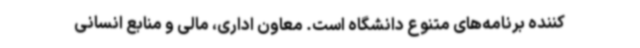
کننده برنامه‌های متنوع دانشگاه است. معاون اداری، مالی و منابع انسانی